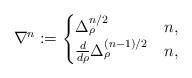
LaTeX: \begin{align*} \nabla_{}^n := \begin{cases} \Delta^{n/2}_{\rho} & n , \\ \frac{d}{d\rho} \Delta^{(n-1)/2}_{\rho} & n , \end{cases} \end{align*}